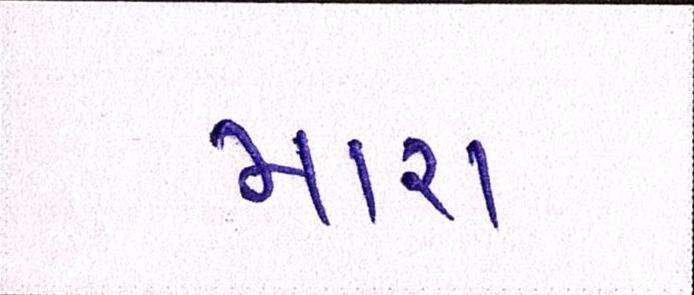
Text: મારા